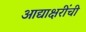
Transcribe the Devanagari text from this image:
आद्याक्षरींची